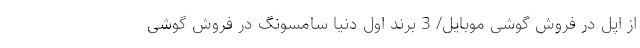
از اپل در فروش گوشی موبایل/ 3 برند اول دنیا سامسونگ در فروش گوشی